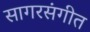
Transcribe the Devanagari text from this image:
सागरसंगीत